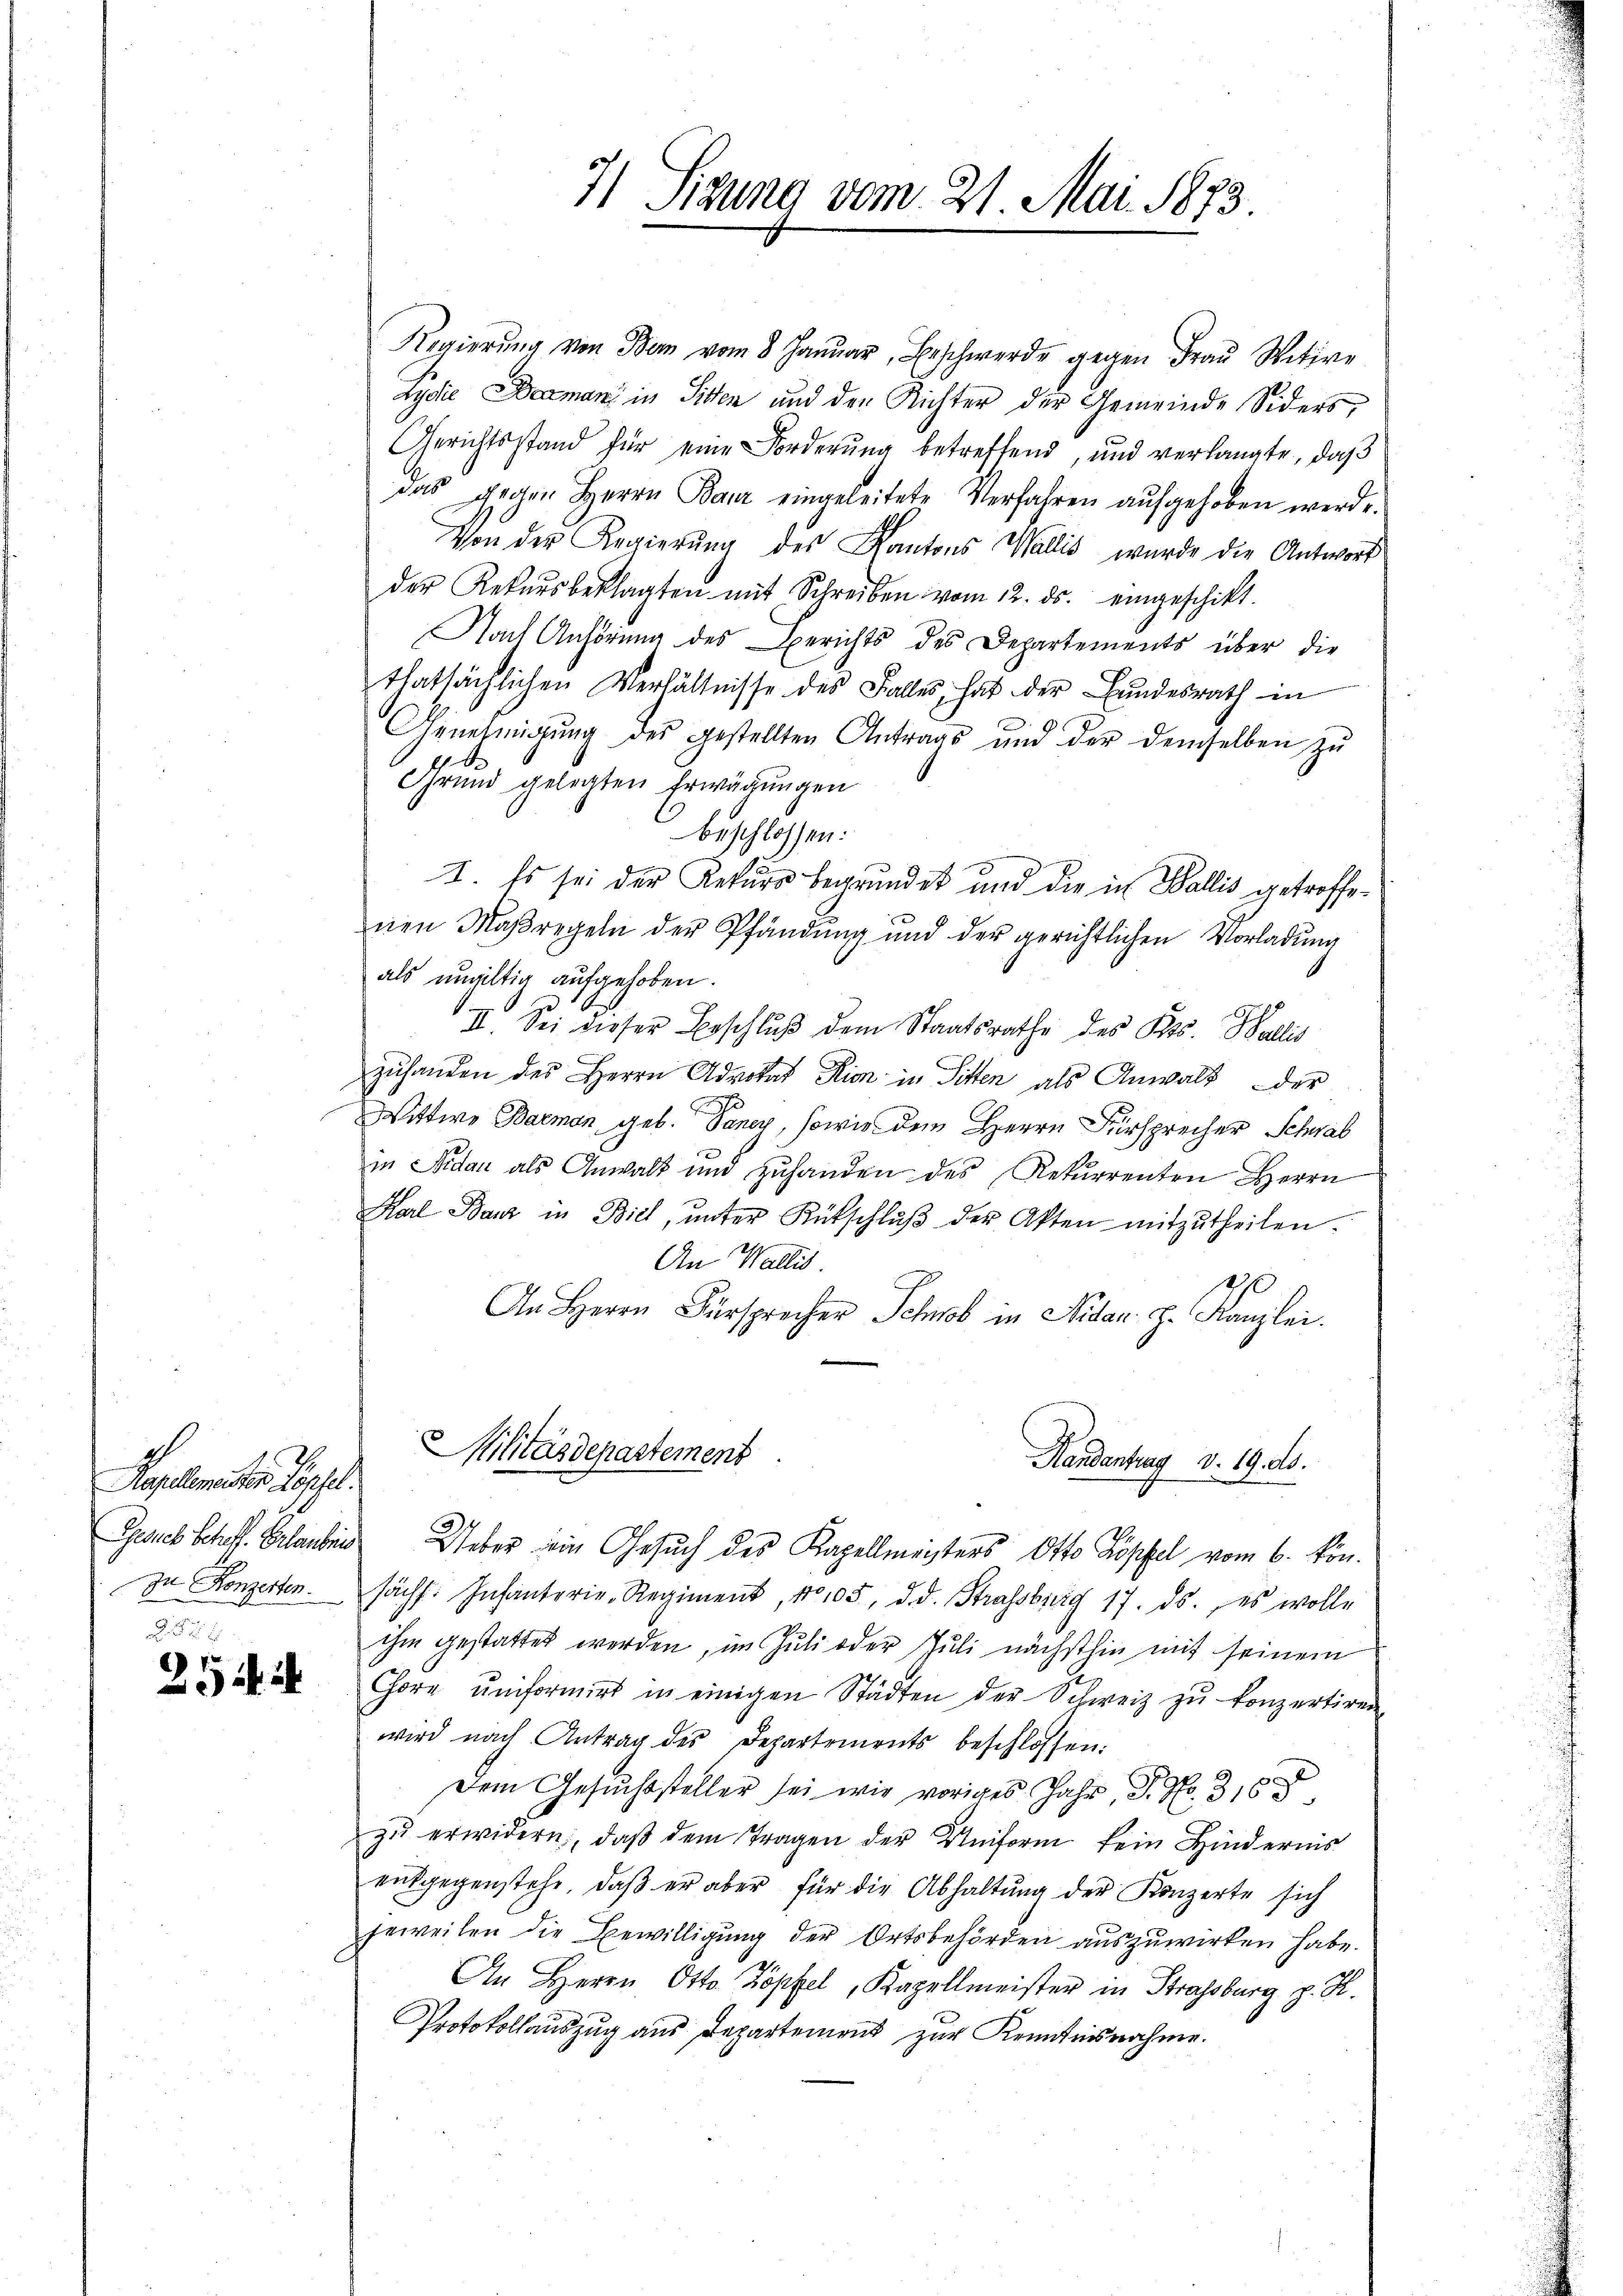
2
Kapellementen Köpfel.
 54 x

25 f 24

Regierŭng von Bern vom 8. Januar, Beschwerde gegen Fraŭ Witwe
Lydie Domani in Sitten und der Richter der Gemeinde Siders,
Gerichtsstand für eine Forderung betreffend, und verlangte, daß
das gegen Herrn Baur eingeleitete Verfahren aŭfgehoben werde.
Von der Regierŭng des Kantons Wallis, wurde die Antwort
der Rekursbeklagten mit Schreiben vom 12. ds. eingeschikt.
Nach Anhörung des Berichts des Departements über die
thatsächlichen Verhältnisse des Falles, hat der Bundesrath in
Genehmigŭng des gestellten Antrags und der demselben zŭ
Grund gelegten Erwägungen
beschlossen:
I. Es sei der Rekurs begründet und die in Wallis getroffenen Maßregeln der Pfändung und der gerichtlichen Vorladŭng
als ungültig aufgehoben.
II. Sei dieser Beschluß dem Staatsrathe des Kts. Wallis
zuhanden des Herrn Advokat Pion in Sitten als Anwalt der
Wittwe Barmon, geb. Pancy, sowie dem Herrn Fürsprecher Schwab
in Nidau als Anwalt und zŭhanden des Rekurrenten Herrn
Karl Bauz in Biel, ŭnter Rütschlŭβ der Akten mitzŭtheilen.
An Wallis
An Herrn Fürsprecher Schob in Nitan h. Kanzlei.

Militärdepartement

7) Sigung vom 21. Mai 1873.

Handantrag v. 19. ds.

Gerech Schl. Erlaubig aber ein Gesuch des Kapellmeisters Otto Köpfel vom 6. kön.
zu Konzerten. Sächs. Infanterie-Regiment, No 105, d. d. Strassburg 17. ds., es wolle
ihm gestattet werden, im Juli oder Juli nächsthin mit seinem
Chöre ŭnformirt in einigen Städten der Schweiz zu konzertiren
wird nach Antrag des Departements beschlossen:
Dem Gesuchssteller sei wir voriges Jahr, D. No. 3163
zŭ erwidern, daβ dem Tragen der Uniform kein Hindernis
entgegenstehe, daβ er aber für die Abhaltŭng der Konzerte sich
jeweilen die Bewilligung der Ortsbehörden auszuwirken habe.
An Herrn Otto Zöpfel, Kapellmeister in Strassburg p. K.
Protokollauszug aus Departement zur Kenntnisnahme.